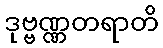
ဒုဗ္ဗဏ္ဏတရာတိ